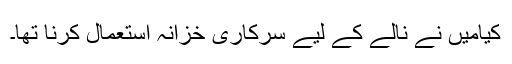
کیامیں نے نالے کے لیے سرکاری خزانہ استعمال کرنا تھا۔